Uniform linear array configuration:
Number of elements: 4
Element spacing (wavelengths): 0.75
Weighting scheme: blackman
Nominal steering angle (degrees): -45
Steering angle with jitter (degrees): -43.989
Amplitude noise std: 0.05
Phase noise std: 0.05

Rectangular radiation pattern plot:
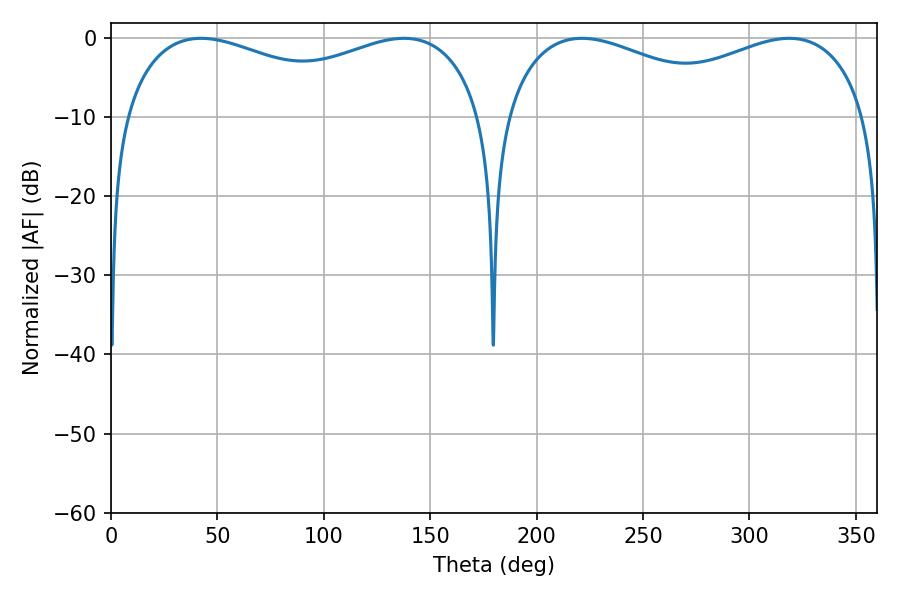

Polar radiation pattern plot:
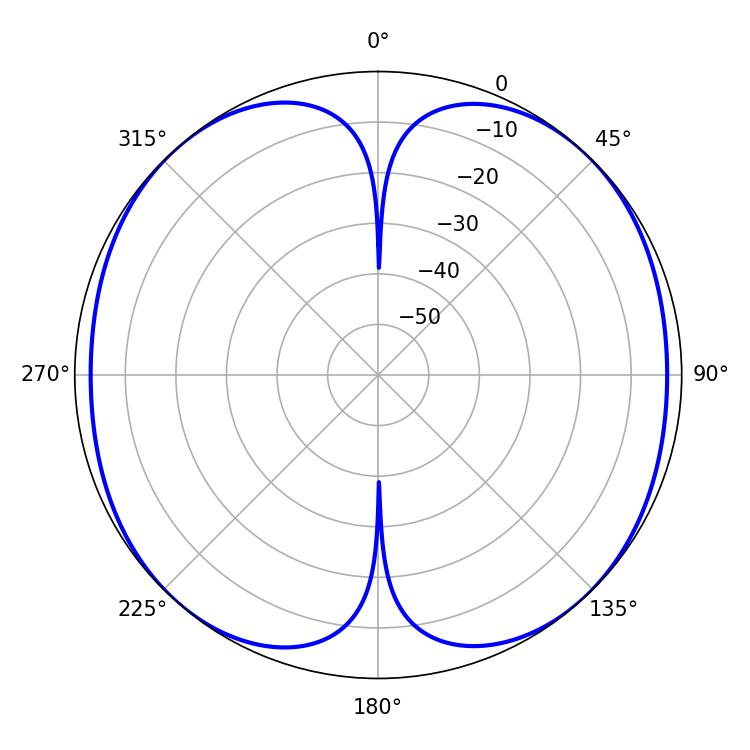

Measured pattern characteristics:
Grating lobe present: TRUE
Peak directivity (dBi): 18.607
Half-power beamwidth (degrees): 140.04
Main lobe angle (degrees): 42.3